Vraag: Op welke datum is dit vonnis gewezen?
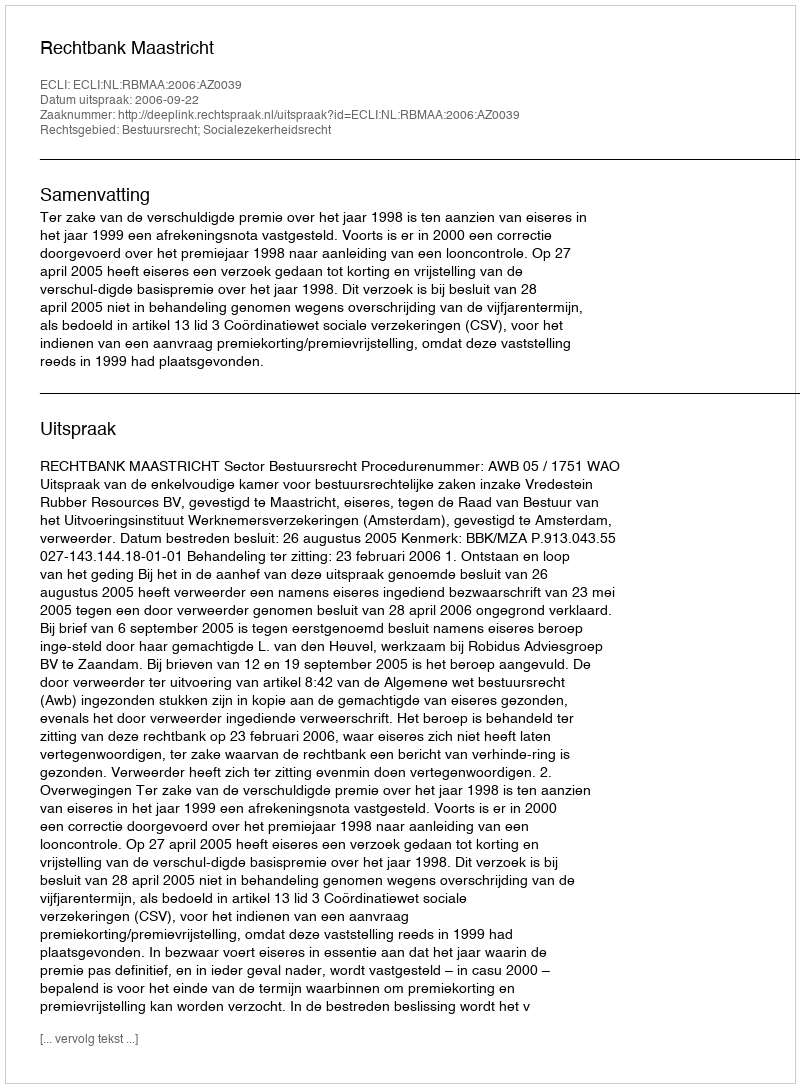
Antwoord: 2006-09-22